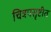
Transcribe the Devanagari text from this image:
चित्रपसृष्टीत